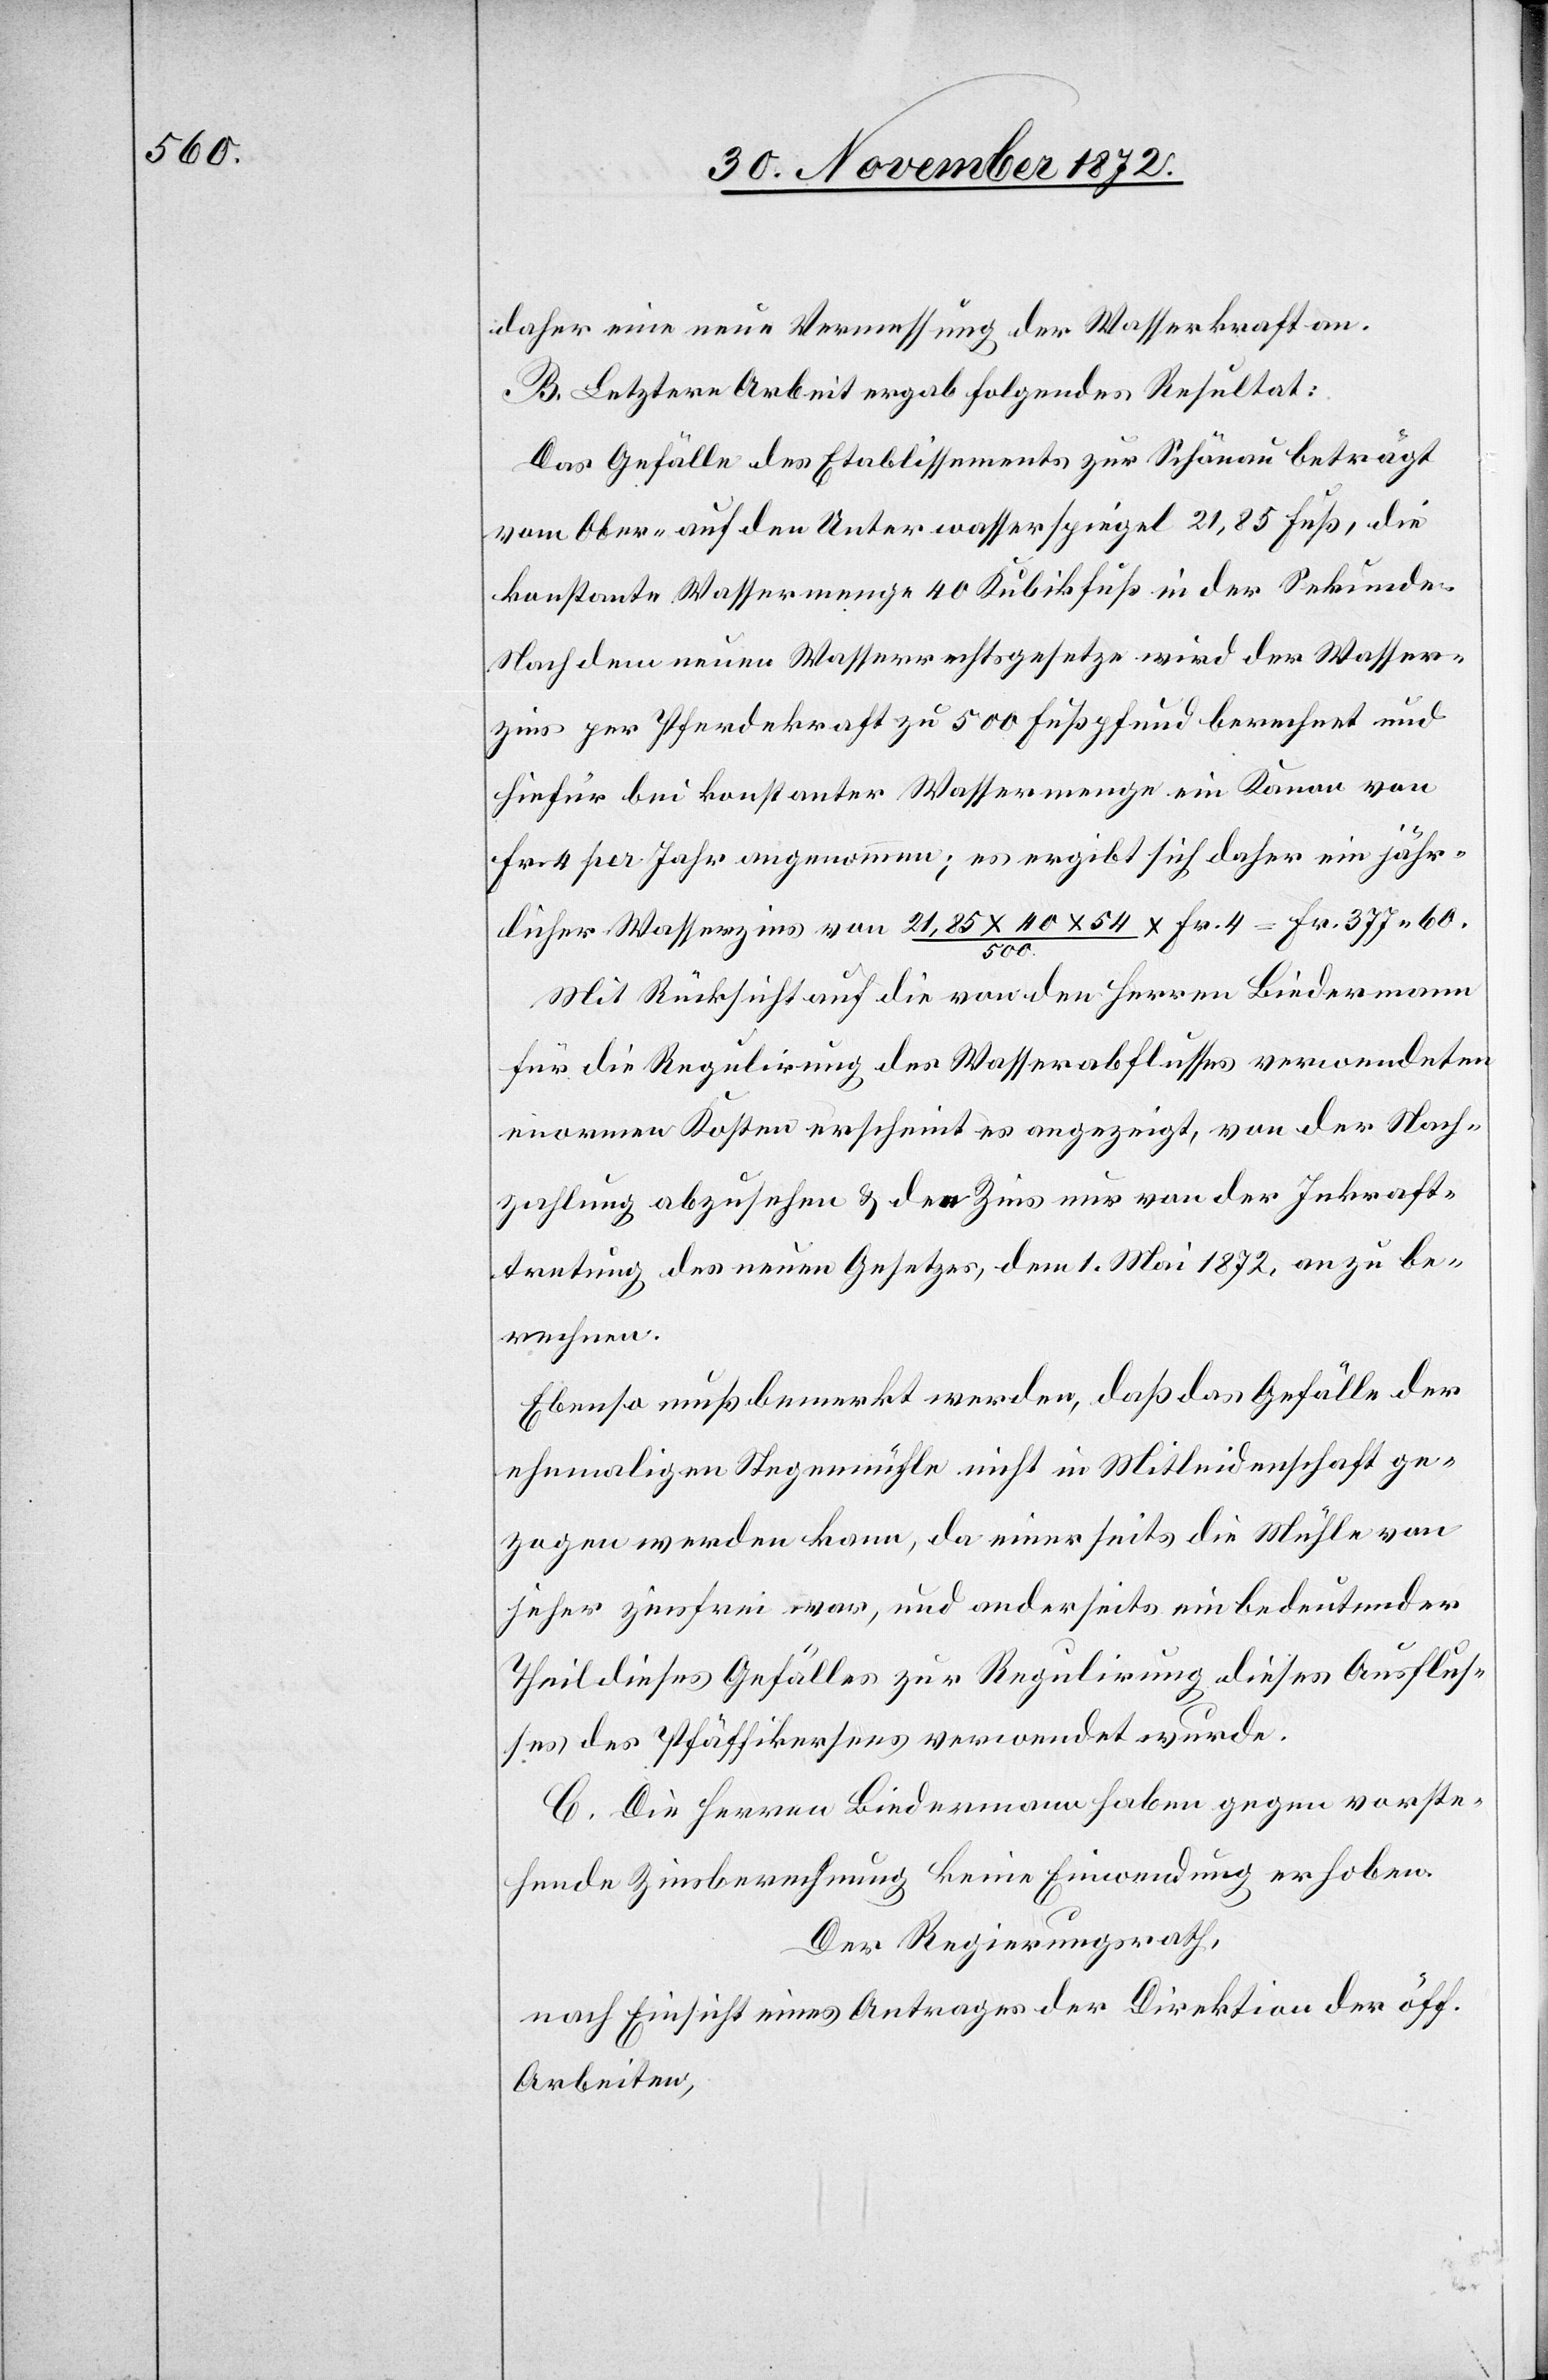
daher eine neue Vermessung der Wasserkraft an.
B. Letztere Arbeit ergab folgendes Resultat:
Das Gefälle des Etablissements zur Schönau beträgt
vom Ober- auf den Unterwasserspiegel 21,85 Fuß, die
konstante Wassermenge 40 Kubikfuß in der Sekunde.
Nach dem neuen Wasserrechtsgesetze wird der Wasser¬
zins per Pferdekraft zu 500 Fußpfund berechnet und
hiefür bei konstanter Wassermenge ein Kanon von
Fr. 4 per Jahr angenommen; es ergibt sich daher ein jähr¬
licher Wasserzins von 21,85 x 40 x 54 / 500 x Fr. 4 = Fr. 377 60.
Mit Rücksicht auf die von den Herren Biedermann
für die Regulirung des Wasserabflusses verwendeten
enormen Kosten erscheint es angezeigt, von der Nach¬
zahlung abzusehen u. den Zins nur von der Inkraft¬
tretung des neuen Gesetzes, dem 1. Mai 1872, an zu be¬
rechnen.
Ebenso muß bemerkt werden, daß das Gefälle der
ehemaligen Stegenmühle nicht in Mitleidenschaft ge¬
zogen werden kann, da einerseits die Mühle von
jeher zinsfrei war, und anderseits ein bedeutender
Theil dieses Gefälles zur Regulirung dieses Ausflus¬
ses des Pfäffikersees verwendet wurde.
C. Die Herren Biedermann haben gegen vorste¬
hende Zinsberechnung keine Einwendung erhoben.
Der Regierungsrath,
nach Einsicht eines Antrages der Direktion der öff.
Arbeiten,